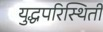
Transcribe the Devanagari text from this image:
युद्धपरिस्थिती